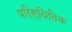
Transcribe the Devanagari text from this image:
परिस्थितिक